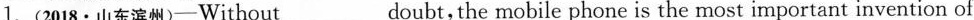
1.(2018·山东滨州)-Without___doubt,the mobile phone is the most important invention of